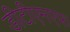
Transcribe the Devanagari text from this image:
डीटीएमएफ